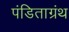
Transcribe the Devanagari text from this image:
पंडिताग्रंथ